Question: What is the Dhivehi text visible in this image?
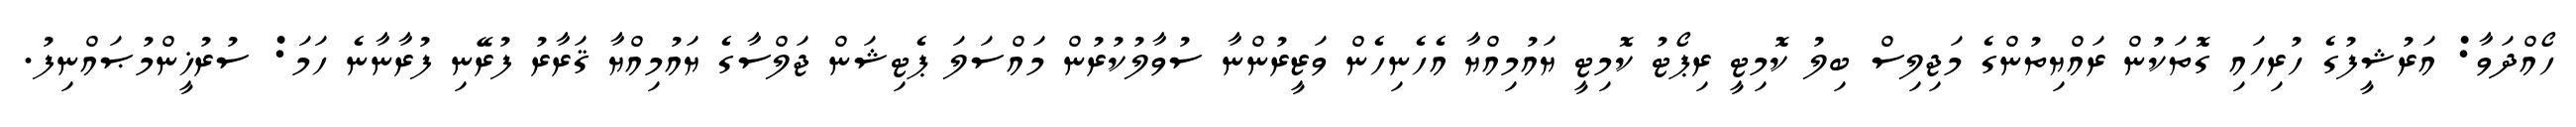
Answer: ހޯއްދަވާ: އަރުޝީފުގެ ހުރިހައި ގޮތަކުން ރައްޔިތުންގެ މަޖިލިސް ބިލު ކޮމިޓީ ރިޕޯޓު ކޮމިޓީ ޔައުމިއްޔާ އެހެނިހެން ވަޒީރުންނާ ސުވާލުކުރުން މައްސަލަ ޕެޓިޝަން ޖަލްސާގެ ޔައުމިއްޔާ ޤަރާރު ފުރޭނި ފުރާނާނެ ހަމަ: ސުރުޚީންމުޞައްނިފު.